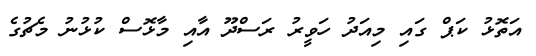
އަތޮޅު ކަޕް ގައި މިއަދު ހަވީރު ރަސްދޫ އާއި މާޅޮސް ކުޅުނު މެޗުގެ